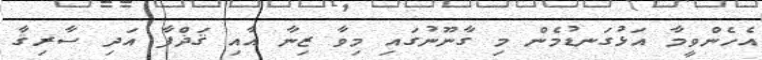
އެހެންވީމާ އަޅުގަނޑުމެން މި ގާނޫނުގައި މިވާ ޒިނާ އާއި ޤަޛްފާ އަދި ސާރިޤާ